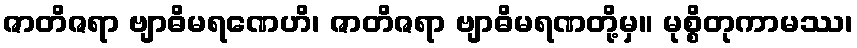
ဇာတိဇရာ ဗျာဓိမရဏေဟိ၊ ဇာတိဇရာ ဗျာဓိမရဏတို့မှ။ မုစ္စိတုကာမဿ၊